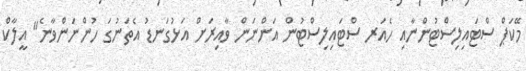
މޭކަޕް ސްޓައިލިސްޓުންނާއި ހެއަރ ސްޓައިލިސްޓުން އަންނަން ވާއިރަށް އަޅުގަނޑު އެތަނުގަ ހުންނަންވާނެ" އީލާކް